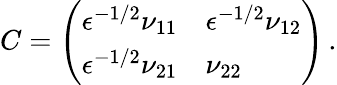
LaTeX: C=\left(\begin{array}{ll}{\epsilon^{-1/2}\nu_{11}}&{\epsilon^{-1/2}\nu_{12}}\\ {\epsilon^{-1/2}\nu_{21}}&{\nu_{22}}\end{array}\right)\, .